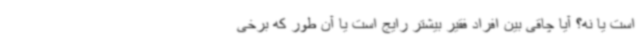
است یا نه؟ آیا چاقی بین افراد فقیر بیشتر رایج است یا آن طور که برخی